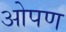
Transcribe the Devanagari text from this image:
ओपण